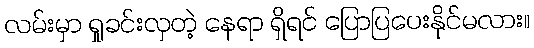
လမ်းမှာ ရှုခင်းလှတဲ့ နေရာ ရှိရင် ပြောပြပေးနိုင်မလား။